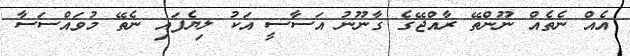
އެއް ނެތެއް ނޫންތޭ ރާއްޖޭގެ ގާނޫނު އަސާސީ އަކު ލިޔެފައި ނެތޭ މުވައްސަސާ